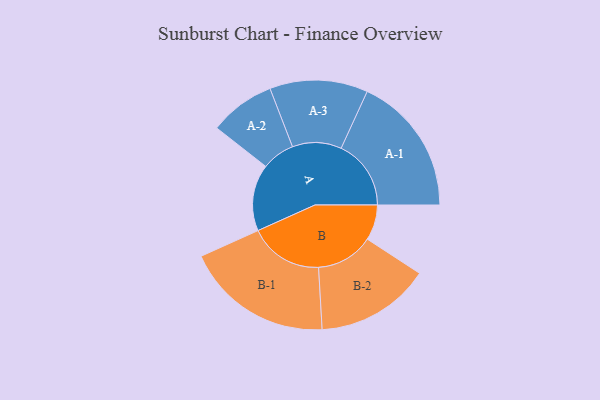
{"axis": {"x": "Segment", "y": "Value"}, "legend": ["", "A", "B"], "data": [{"x": "A", "y": 265, "type": ""}, {"x": "B", "y": 141, "type": ""}, {"x": "A-1", "y": 278, "type": "A"}, {"x": "A-2", "y": 131, "type": "A"}, {"x": "A-3", "y": 195, "type": "A"}, {"x": "B-1", "y": 294, "type": "B"}, {"x": "B-2", "y": 228, "type": "B"}]}